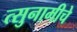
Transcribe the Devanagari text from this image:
त्सुनामीचे